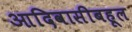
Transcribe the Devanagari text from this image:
आदिवासीबहूल